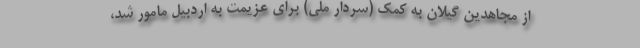
از مجاهدین گیلان به کمک (سردار ملی) برای عزیمت به اردبیل مامور شد،